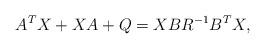
LaTeX: \begin{align*} A^TX+XA+Q=XBR^{-1}B^TX, \end{align*}